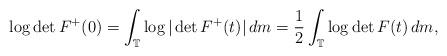
LaTeX: \begin{align*}\log\det F^+(0)=\int\nolimits_\mathbb{T}\log|\det F^+(t)|\,dm=\frac1{2}\int\nolimits_\mathbb{T}\log \det F(t)\,dm,\end{align*}